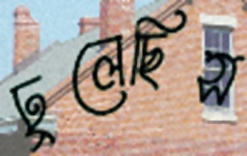
ঢুলেছিস